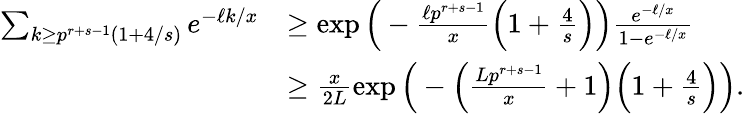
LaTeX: \begin{array}{rl}{\sum_{k\geq p^{r+s-1}(1+4/s)}e^{-\ell k/x}}&{\geq\exp\Big(-\frac{\ell p^{r+s-1}}{x}\Big(1+\frac{4}{s}\Big)\Big)\frac{e^{-\ell/x}}{1-e^{-\ell/x}}}\\ &{\geq\frac{x}{2L}\exp\Big(-\Big(\frac{Lp^{r+s-1}}{x}+1\Big)\Big(1+\frac{4}{s}\Big)\Big).}\end{array}